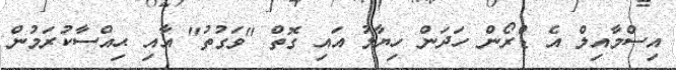
އިސްމާއިލް އެ ޑްރޯން ހަދަން ހިޔާލު އައި ގޮތް "ވަގުތު" އާއި ޙިއްސާކުރަމުން